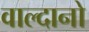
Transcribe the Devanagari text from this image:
वाल्दानो